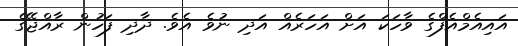
އައިއެމްއެފްގެ ވާހަކަ އަށް އަހަރެއް އަދި ނުވެ އެވެ. ދާދި ފަހުން ރާއްޖޭގެ